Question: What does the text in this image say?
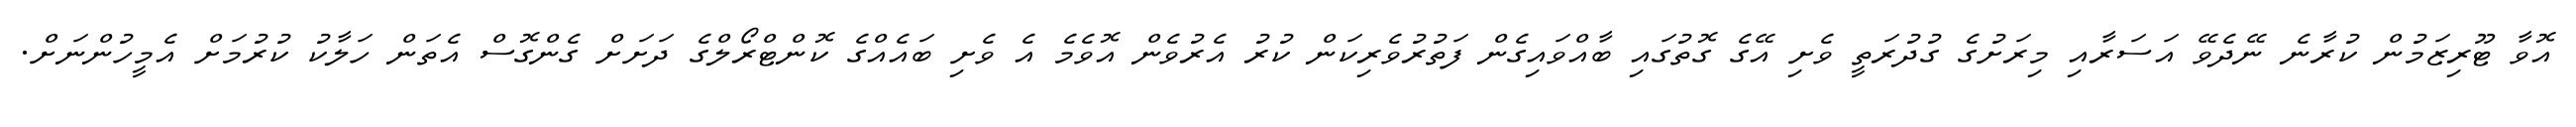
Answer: އޮވާ ޓޫރިޒަމުން ކުރާނެ ނޭދެވޭ އަސަރާއި މިރަށުގެ ގުދުރަތީ ވެށި އޭގެ ގޮތުގައި ބާއްވައިގެން ފަތުރުވެރިކަން ކުރު އެރުވެން އޮވެމެ އެ ވެށި ބައެއްގެ ކޮންޓްރޯލްގެ ދަށަށް ގެންގޮސް އެތަން ހަލާކު ކުރުމަށް އެމީހުންނަށް.